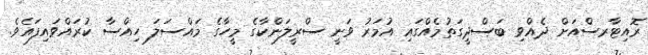
ރޮއިޓާރސްއަށް ދެއްވި ބަސްދީގަތުމެއްގައި އުމަރު ވަނީ ސްރީލަންކާގެ މީހާގެ މައްސަލަ ހިއްސާ ކުރައްވައިފައެވެ.